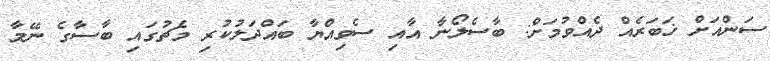
ސަންއަށް ޚަބަރެއް ދެއްވުމަށް: ބާސެލޯނާ އާއި ސެވިއްޔާ ބައްދަލުކުރި މެޗުގައި ބާސާގެ ނޭމާ